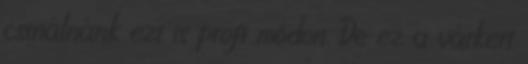
csinálnánk ezt is profi módon. De ez a várkert